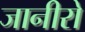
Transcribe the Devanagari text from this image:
जानीरो